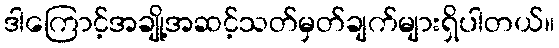
ဒါကြောင့်အချို့အဆင့်သတ်မှတ်ချက်များရှိပါတယ်။